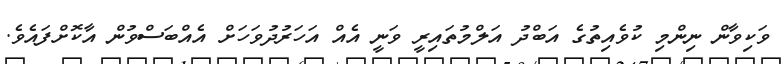
ވަކިވާން ނިންމި ކުވެއިތުގެ އަބްދު އަލްމުތައިރީ ވަނީ އެއް އަހަރުދުވަހަށް އެއްބަސްވުން އާކޮށްފައެވެ.